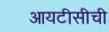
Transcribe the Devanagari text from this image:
आयटीसीची